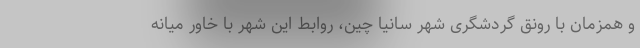
و همزمان با رونق گردشگری شهر سانیا چین، روابط این شهر با خاور میانه